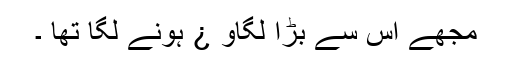
مجھے اس سے بڑا لگاو ¿ ہونے لگا تھا ۔